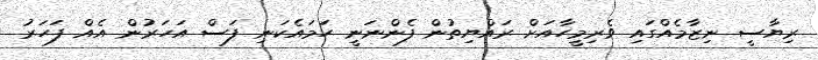
ރިޔާސީ ނިޒާމެއްގައި ވެރިމީހާއަށް ރައްޔިތުން ފެންނަނީ ހަމައެކަނި ފަސް އަހަރުން އެއް ފަހަރު